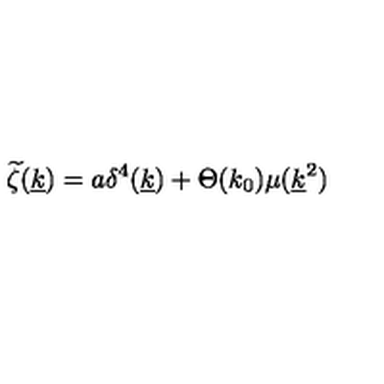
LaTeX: \widetilde \zeta ( \underline { k } ) = a \delta ^ { 4 } ( \underline { k } ) + \Theta ( k _ { 0 } ) \mu ( \underline { k } ^ { 2 } )